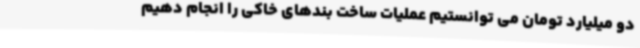
دو میلیارد تومان می توانستیم عملیات ساخت بندهای خاکی را انجام دهیم